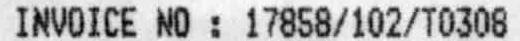
INVOICE NO : 17858/102/T0308